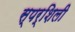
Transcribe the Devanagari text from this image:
स्पर्शिली